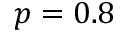
p = 0 . 8